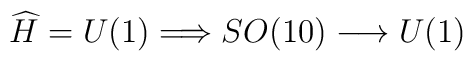
\widehat{H}= U(1) \Longrightarrow SO(10) \longrightarrow U(1)